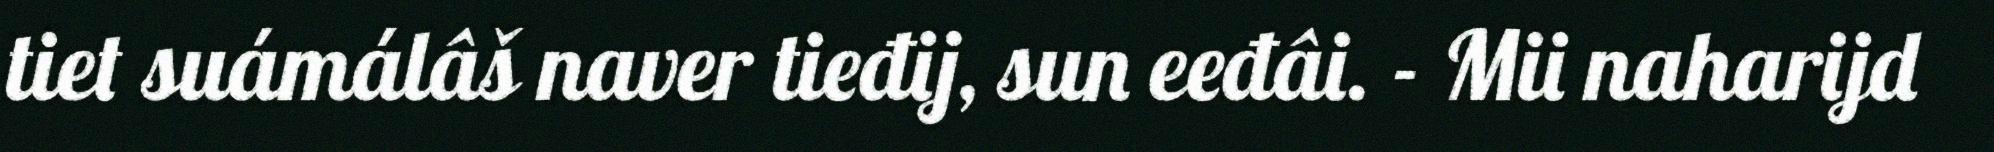
tiet suámálâš naver tieđij, sun eeđâi. - Mii naharijd